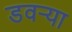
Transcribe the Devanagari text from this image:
डवऱ्या